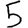
Digit: 5